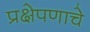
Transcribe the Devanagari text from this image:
प्रक्षेपणाचे